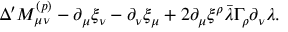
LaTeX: \Delta ^ { \prime } M _ { \mu \nu } ^ { ( p ) } - \partial _ { \mu } \xi _ { \nu } - \partial _ { \nu } \xi _ { \mu } + 2 \partial _ { \mu } \xi ^ { \rho } \bar { \lambda } \Gamma _ { \rho } \partial _ { \nu } \lambda .